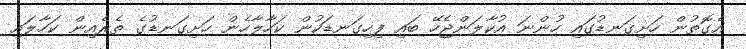
އެގޮތުން ހަށިގަނޑުގައި ހުންނަ އުކާލަންޖެހޭ ބައި ފިހިގަނޑަކުން ކަހާލާހެން ހަށިގަނޑުގެ ތެރެއިން ކަހާލައި